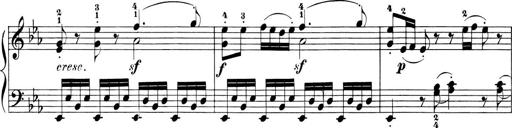
Title: 6 Piano Sonatinas
Composer: Cornelius Gurlitt